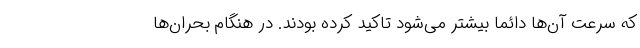
که سرعت آن‌ها دائماً بیشتر می‌شود تاکید کرده بودند. در هنگام بحران‌ها